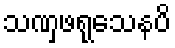
သဏှဖရုသေနပိ